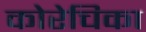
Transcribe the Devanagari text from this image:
कोरेचिका